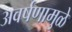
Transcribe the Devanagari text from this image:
अवर्षणामुळे